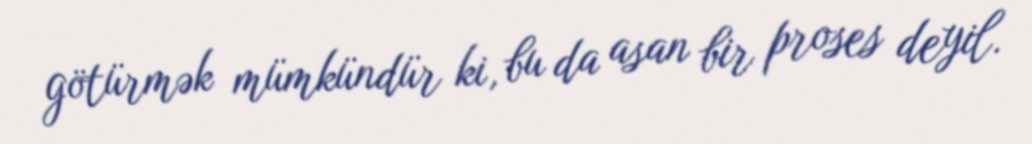
götürmək mümkündür ki, bu da asan bir proses deyil.